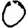
Digit: 0